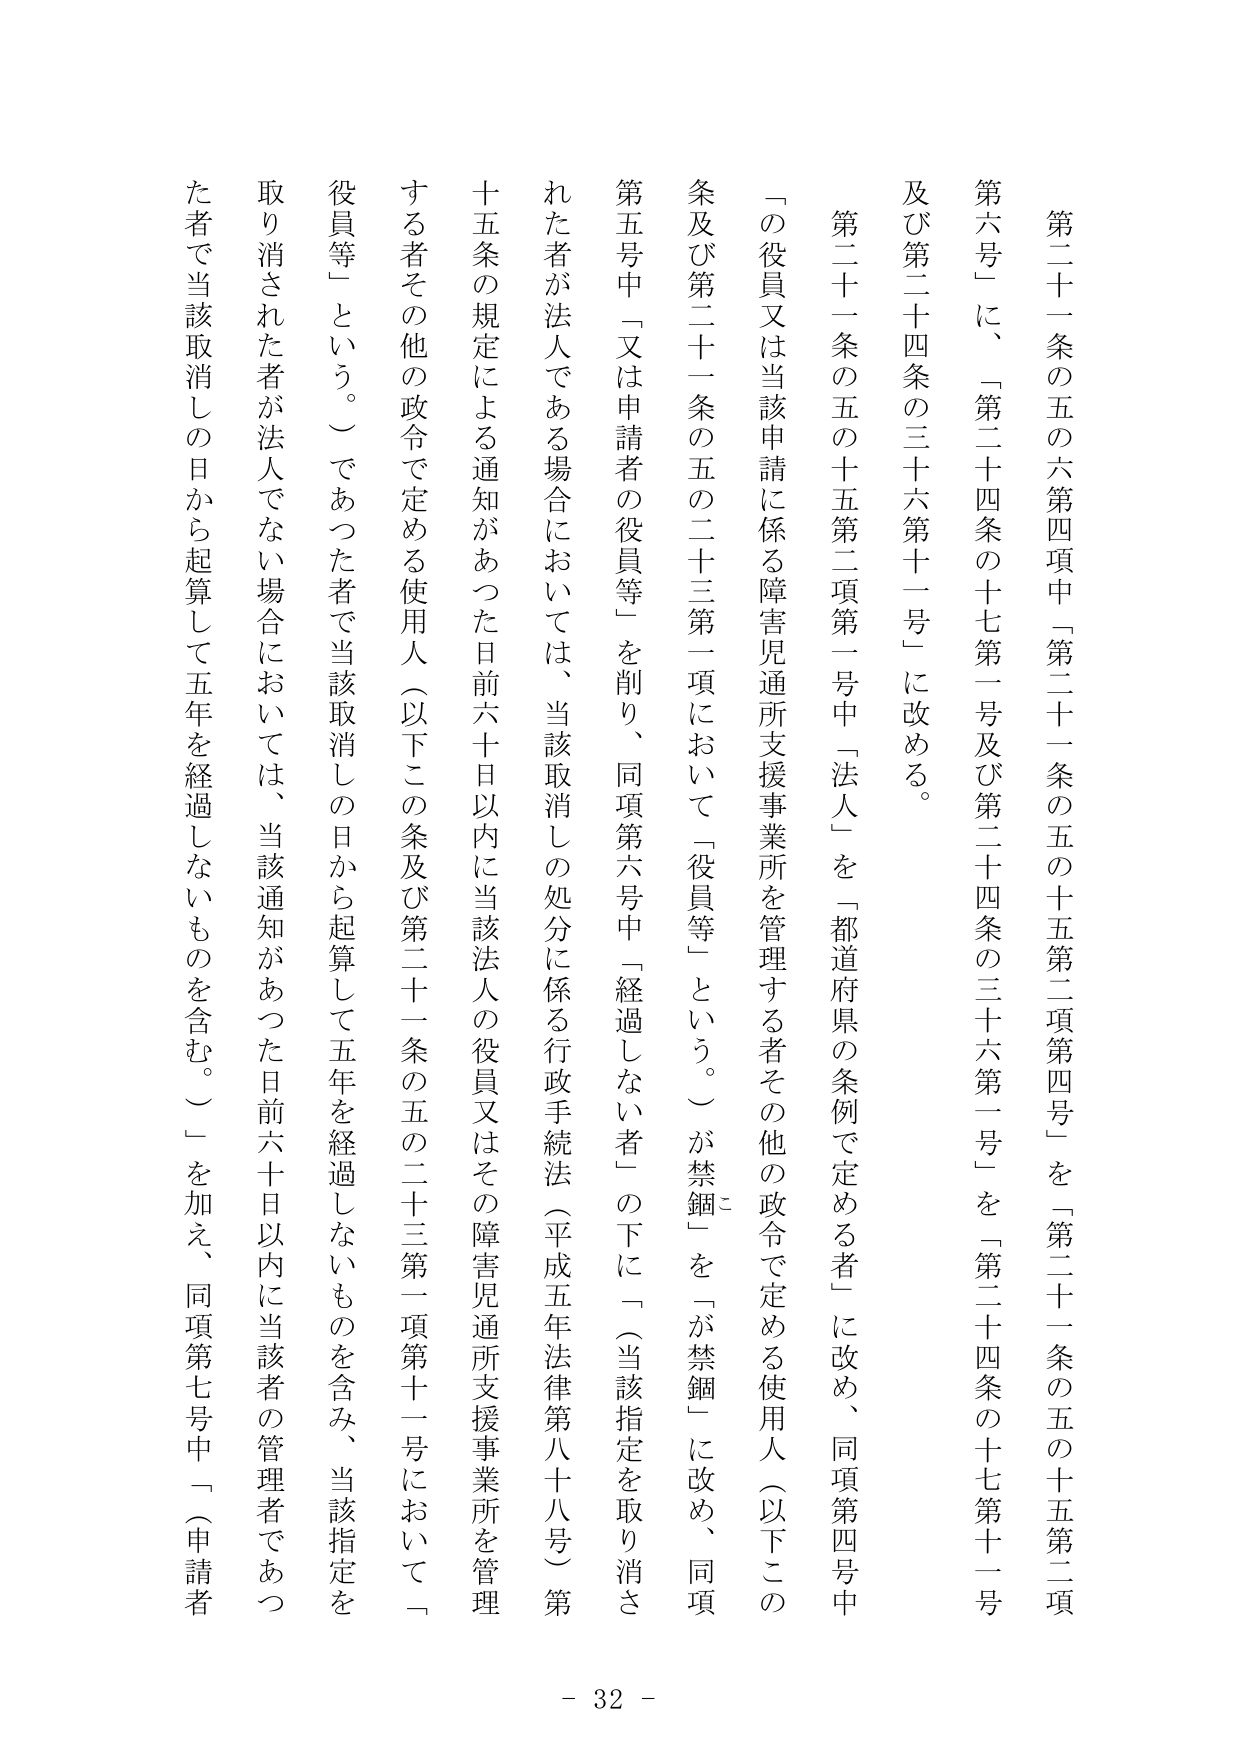
第二十一条の五の六第四項中「第二十一条の五の十五第二項第四号」を「第二十一条の五の十五第二項
第六号」に、「第二十四条の十七第一号及び第二十四条の三十六第一号」を「第二十四条の十七第十一号
及び第二十四条の三十六第十一号」に改める。
第二十一条の五の十五第二項第一号中「法人」を「都道府県の条例で定める者」に改め、同項第四号中
「の役員又は当該申請に係る障害児通所支援事業所を管理する者その他の政令で定める使用人（以下この
条及び第二十一条の五の二十三第一項において「役員等」という。）が禁錮」を「が禁錮」に改め、同項
第五号中「又は申請者の役員等」を削り、同項第六号中「経過しない者」の下に「（当該指定を取り消さ
れた者が法人である場合においては、当該取消しの処分に係る行政手続法（平成五年法律第八十八号）第
十五条の規定による通知があった日前六十日以内に当該法人の役員又はその障害児通所支援事業所を管理
する者その他の政令で定める使用人（以下この条及び第二十一条の五の二十三第一項第十一号において「
役員等」という。）であった者で当該取消しの日から起算して五年を経過しないものを含み、当該指定を
取り消された者が法人でない場合においては、当該通知があった日前六十日以内に当該者の管理者であっ
た者で当該取消しの日から起算して五年を経過しないものを含む。）」を加え、同項第七号中「（申請者
- 32 -